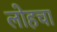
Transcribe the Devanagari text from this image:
लोहचा